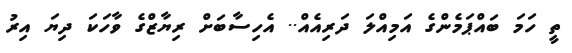
ތީ ހަމަ ބައްޕަމެންގެ އަމިއްލަ ދަރިއެއް.. އެހިސާބަށް ރިޔާޒްގެ ވާހަކަ ދިޔަ އިރު